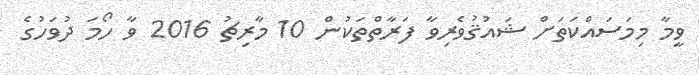
ވީމާ މިމަސައްކަތަށް ޝައުޤުވެރިވާ ފަރާތްތަކުން 10 މާރިޗު 2016 ވާ ހޯމަ ދުވަހުގެ